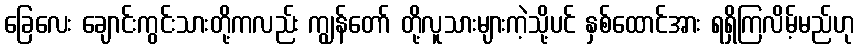
ခြေလေး ချောင်းကွင်းသားတို့ကလည်း ကျွန်တော် တို့လူသားများကဲ့သို့ပင် နှစ်ထောင်အား ရရှိကြလိမ့်မည်ဟု